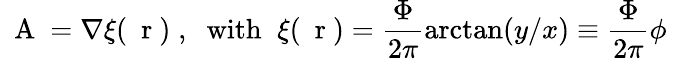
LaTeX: \mathrm{~\mathbf~A~}=\nabla\xi(\mathrm{~\mathbf~r~})\; ,\; \; \mathrm{with}\; \; \xi(\mathrm{~\mathbf~r~})=\frac{\Phi}{2\pi}\arctan(y/x)\equiv\frac{\Phi}{2\pi}\phi\;